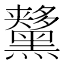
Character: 𪒨